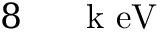
8 \ensuremath { \mathrm { ~ \textrm ~ { ~ \, ~ } ~ } } \ensuremath { \mathrm { \mathrm { k } \ e V } }